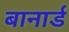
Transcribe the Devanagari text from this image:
बानार्ड